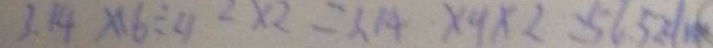
3 . 1 4 \times 1 6 \div 4 2 \times 2 = 3 . 1 4 \times 9 \times 2 = 5 6 . 5 2 / m